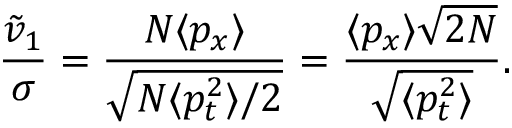
\frac { \tilde { v } _ { 1 } } { \sigma } = \frac { N \langle p _ { x } \rangle } { \sqrt { N \langle p _ { t } ^ { 2 } \rangle / 2 } } = \frac { \langle p _ { x } \rangle \sqrt { 2 N } } { \sqrt { \langle p _ { t } ^ { 2 } \rangle } } .